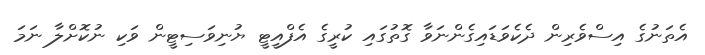
އެތަނުގެ އިސްވެރިން ދެކެވަޑައިގެންނަވާ ގޮތުގައި ކުރީގެ އެފްއީޓީ ޔުނިވަސިޓީން ވަކި ނުކޮށްލާ ނަމަ